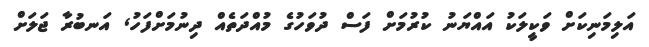
އަލިމަނިކަށް ވަކީލަކު އައްޔަނު ކުރުމަށް ފަސް ދުވަހުގެ މުއްދަތެއް ދިނުމަށްފަހު